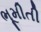
ભૂમીતી